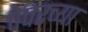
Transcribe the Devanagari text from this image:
पेपरच्या